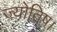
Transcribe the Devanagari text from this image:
ज्‍योतिष।